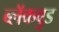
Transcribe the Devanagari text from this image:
ब्लॅकवुड